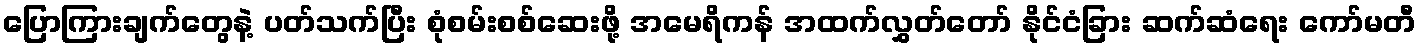
ပြောကြားချက်တွေနဲ့ ပတ်သက်ပြီး စုံစမ်းစစ်ဆေးဖို့ အမေရိကန် အထက်လွှတ်တော် နိုင်ငံခြား ဆက်ဆံရေး ကော်မတီ